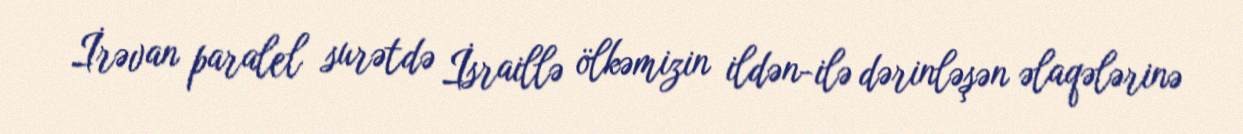
İrəvan paralel surətdə İsraillə ölkəmizin ildən-ilə dərinləşən əlaqələrinə